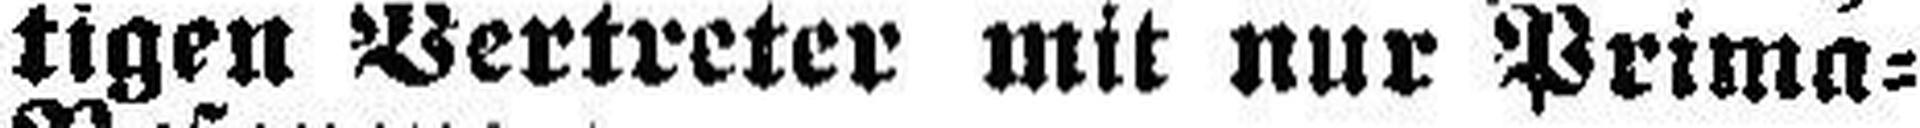
tigen Vertreter mit nur Prima=